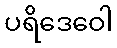
ပရိဒေဝေါ